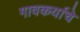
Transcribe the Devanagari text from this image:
गावकर्याचे